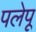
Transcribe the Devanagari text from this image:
पलेपू